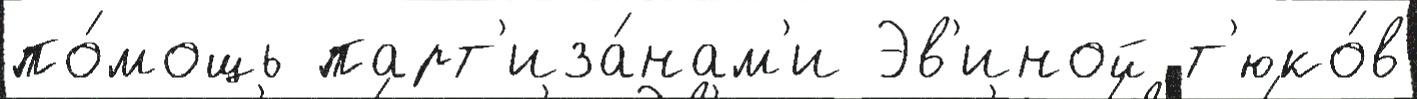
по́мощь парт'иза́нам'и Эв'иной т'юко́в